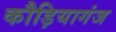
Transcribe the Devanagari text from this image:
कौड़ियागंज